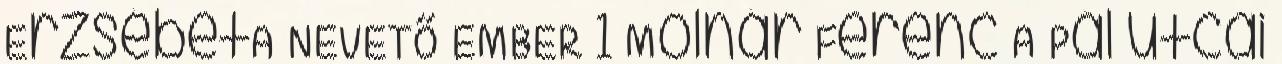
ErzsébetA NEVETŐ EMBER 1 Molnár Ferenc A Pál utcai